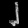
Digit: ၂